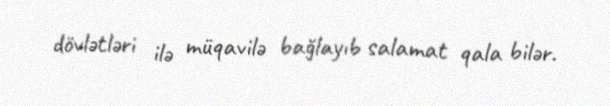
dövlətləri ilə müqavilə bağlayıb salamat qala bilər.